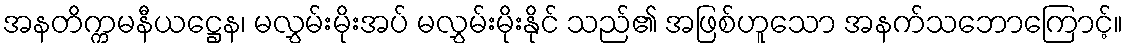
အနတိက္ကမနီယဋ္ဌေန၊ မလွှမ်းမိုးအပ် မလွှမ်းမိုးနိုင် သည်၏ အဖြစ်ဟူသော အနက်သဘောကြောင့်။